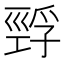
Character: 𰏅